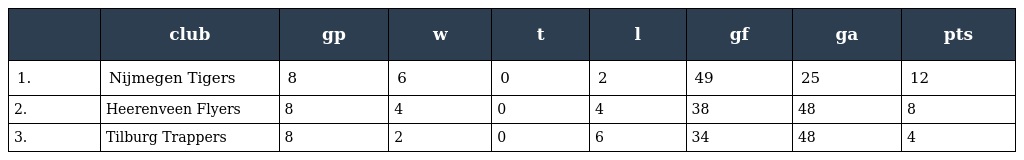
|  | club | gp | w | t | l | gf | ga | pts |
 | --- | --- | --- | --- | --- | --- | --- | --- | --- |
 | 1. | Nijmegen Tigers | 8 | 6 | 0 | 2 | 49 | 25 | 12 |
 | 2. | Heerenveen Flyers | 8 | 4 | 0 | 4 | 38 | 48 | 8 |
 | 3. | Tilburg Trappers | 8 | 2 | 0 | 6 | 34 | 48 | 4 |